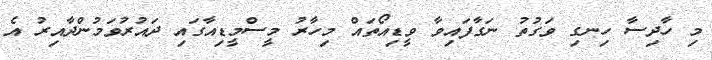
މި ހާދިސާ ހިނގި ވަގުތު ނަގާފައިވާ ވީޑިއޯތައް މިހާރު މީސްމީޑިއާގައި ދައުރުވަމުންދާއިރު އެ